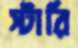
স্টারি